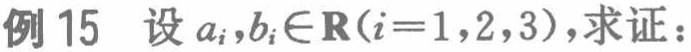
例 15 设 \(a_{i},b_{i}\in\mathbf{R}(i = 1,2,3)\)，求证：